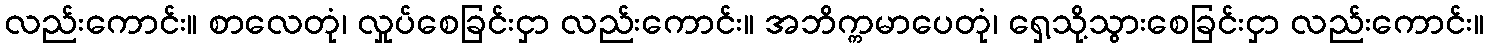
လည်းကောင်း။ စာလေတုံ၊ လှုပ်စေခြင်းငှာ လည်းကောင်း။ အဘိက္ကမာပေတုံ၊ ရှေ့သို့သွားစေခြင်းငှာ လည်းကောင်း။